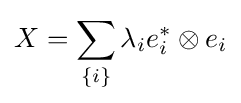
X=\sum _{\{i\}}\lambda _{i}e_{i}^{*}\otimes e_{i}